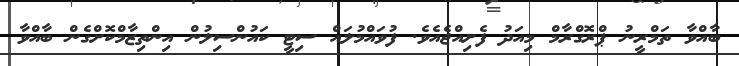
ބާއްވާ ތަމްރީނު ޕްރޮގްރާމް މިއަދު ފެށިއްޖެއެވެ. ފުވައްމުލައް ސިޓީ ކައުންސިލުން އިންތިޒާމްކޮށްގެން ބާއްވާ